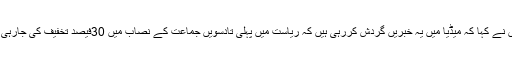
انہوں نے کہا کہ میڈیا میں یہ خبریں گردش کررہی ہیں کہ ریاست میں پہلی تادسویں جماعت کے نصاب میں 30فیصد تخفیف کی جارہی ہے۔